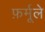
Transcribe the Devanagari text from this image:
फ़र्मूले